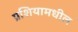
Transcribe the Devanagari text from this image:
प्रशियामधील